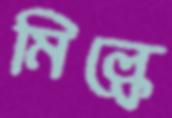
মিল্কে